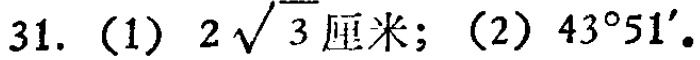
31. (1) \(2\sqrt{3}\text{厘米};\) (2) \(43^{\circ}51'\)